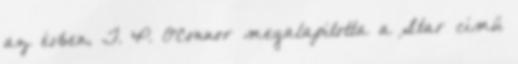
az évben, T. P. O'Connor megalapította a Star című